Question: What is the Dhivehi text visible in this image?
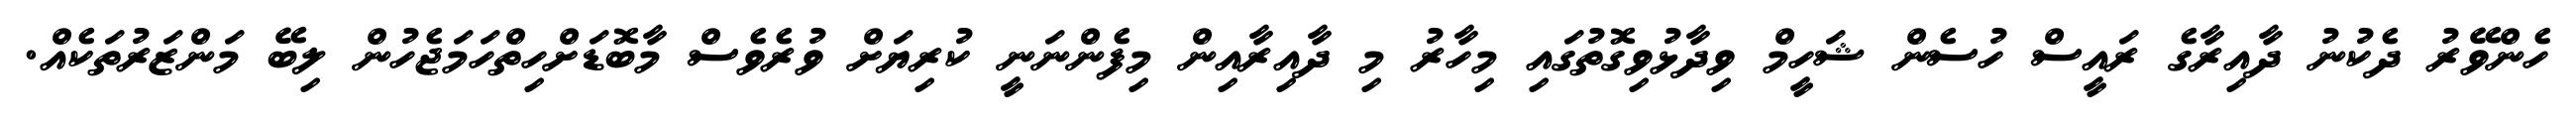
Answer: ހެންވޭރު ދެކުނު ދާއިރާގެ ރައީސް ހުސެން ޝަހީމް ވިދާޅުވިގޮތުގައި މިހާރު މި ދާއިރާއިން މިފެންނަނީ ކުރިޔަށް ވުރެވެސް މާބޮޑަށްހިތްހަމަޖެހުން ލިބޭ މަންޒަރުތަކެއް.